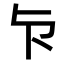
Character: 𭅴